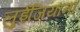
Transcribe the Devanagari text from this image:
लुईजियाना